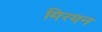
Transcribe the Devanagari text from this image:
मिरयन